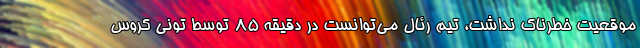
موقعیت خطرناک نداشت، تیم رئال می‌توانست در دقیقه ۸۵ توسط تونی کروس